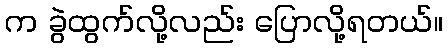
က ခွဲထွက်လို့လည်း ပြောလို့ရတယ်။